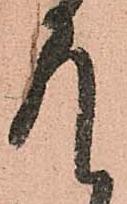
存